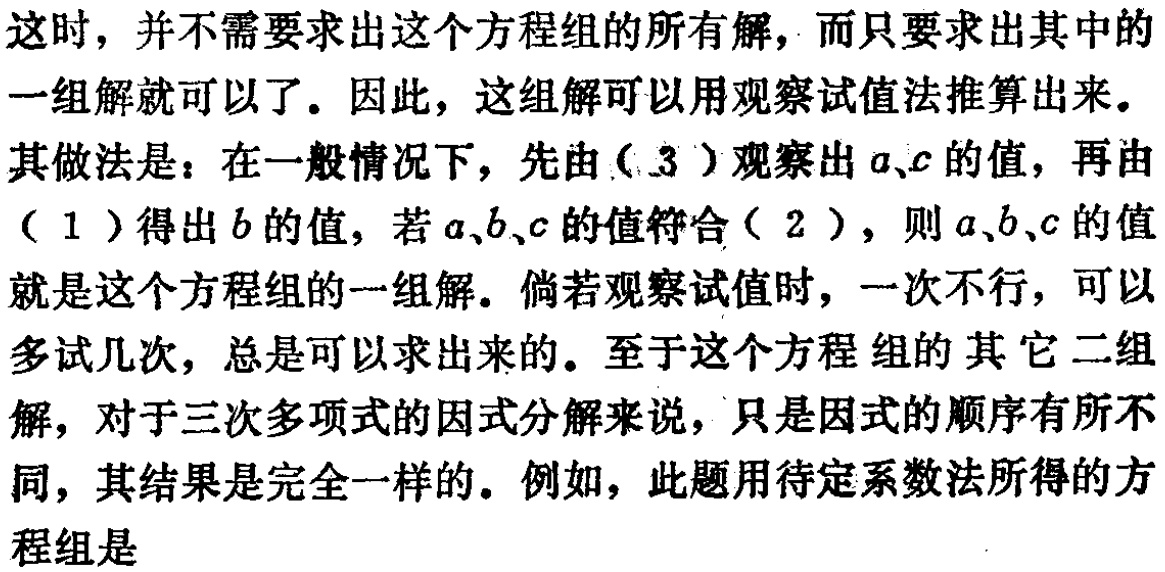
这时，并不需要求出这个方程组的所有解，而只要求出其中的一组解就可以了。因此，这组解可以用观察试值法推算出来。
其做法是：在一般情况下，先由\((3)\)观察出\(a\)、\(c\)的值，再由\((1)\)得出\(b\)的值，若\(a\)、\(b\)、\(c\)的值符合\((2)\)，则\(a\)、\(b\)、\(c\)的值就是这个方程组的一组解。倘若观察试值时，一次不行，可以多试几次，总是可以求出来的。至于这个方程组的其它二组解，对于三次多项式的因式分解来说，只是因式的顺序有所不同，其结果是完全一样的。例如，此题用待定系数法所得的方程组是